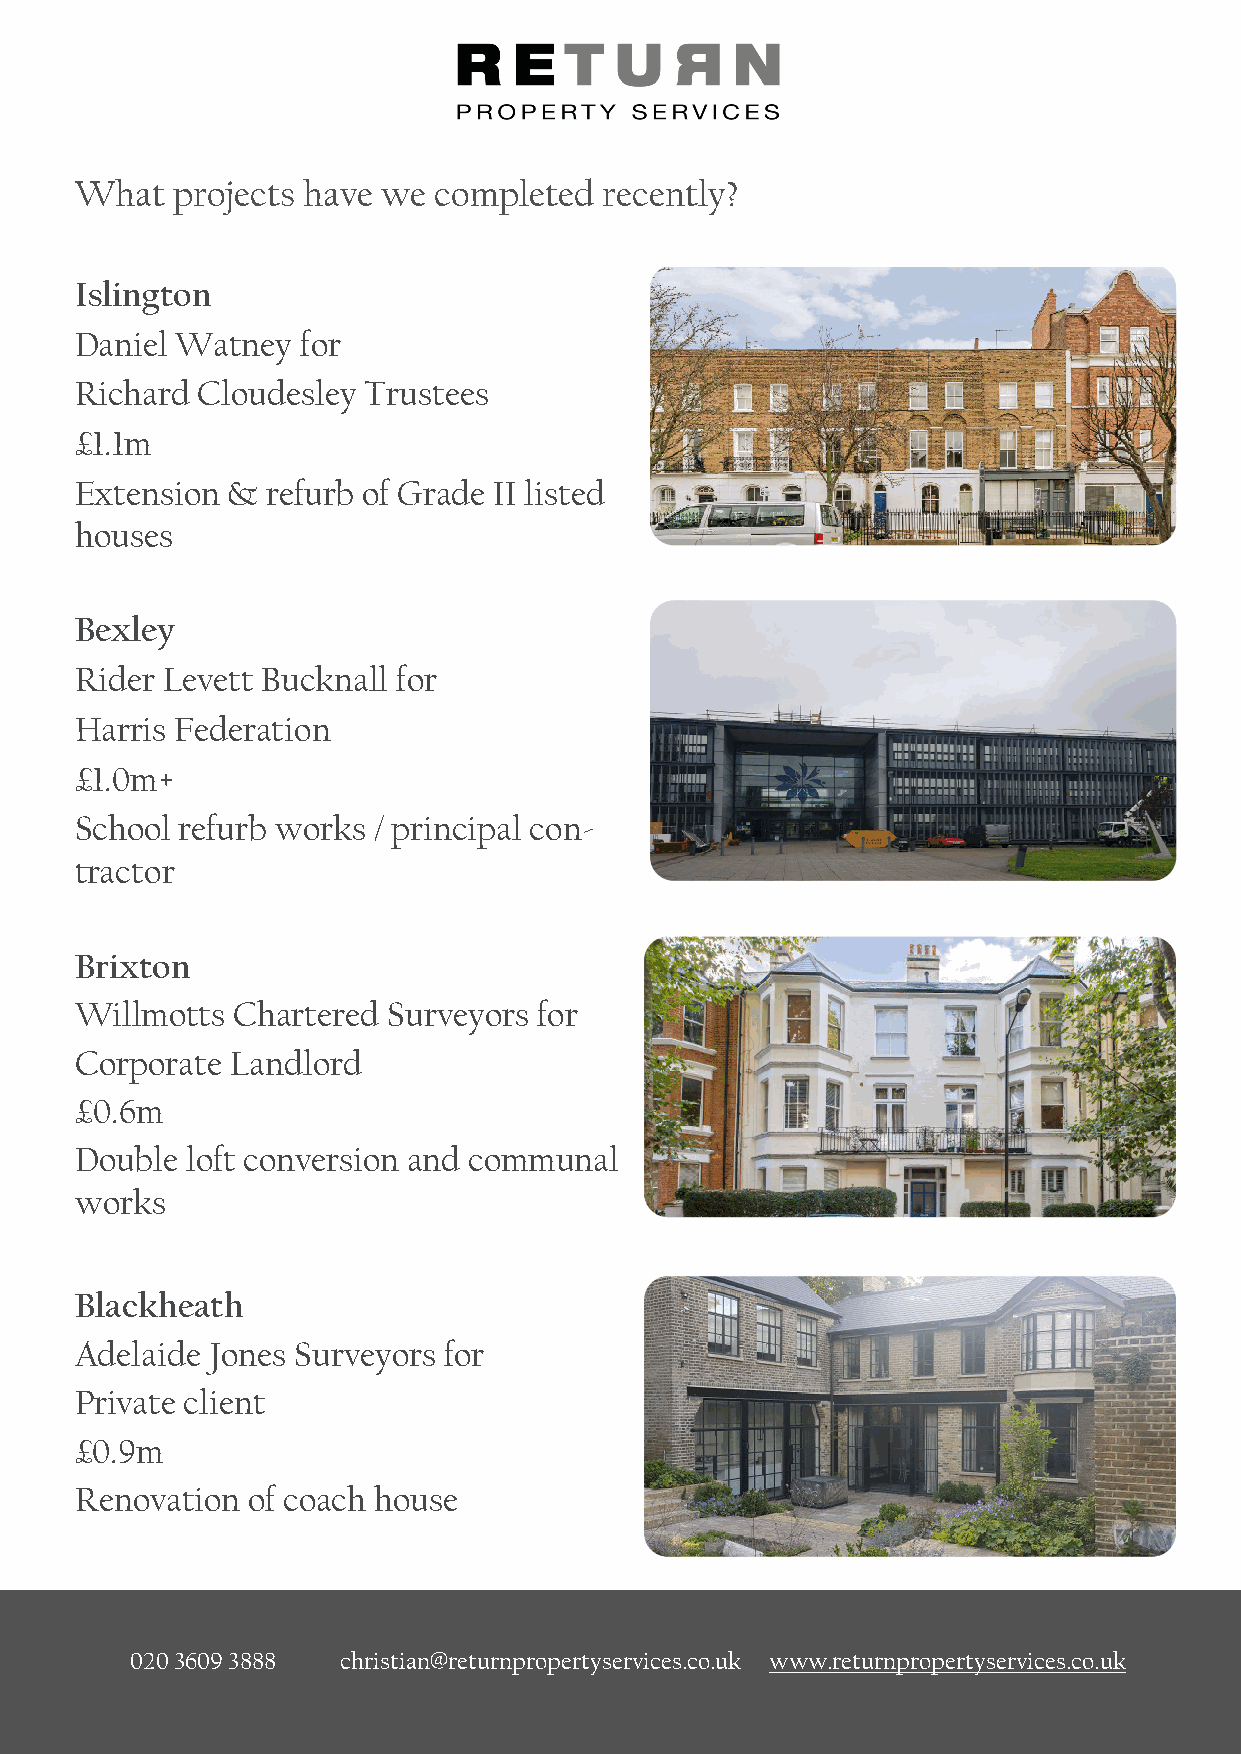
What  projects have we  completed  recently?
 Islington
 Daniel Watney  for
 Richard Cloudesley Trustees
 £1.1m
 Extension &  refurb of Grade II listed
 houses
 Bexley
 Rider Levett Bucknall for
 Harris Federation
 £1.0m+
 School refurb works / principal con-
 tractor
 Brixton
 Willmotts Chartered  Surveyors for
 Corporate Landlord
 £0.6m
 Double loft conversion and communal
 works
 Blackheath
 Adelaide Jones Surveyors for
 Private client
 £0.9m
 Renovation of coach house
 020 3609 3888 christian@returnpropertyservices.co.uk www.returnpropertyservices.co.uk